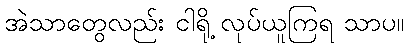
အဲသာတွေလည်း ငါရို့ လုပ်ယူကြရ သာပ။